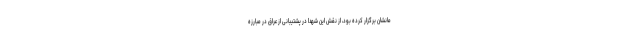
مانشان برگزار کرده بود، از نقش این شهدا در پشتیبانی از عراق در مبارزه